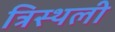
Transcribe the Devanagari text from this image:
त्रिस्थली